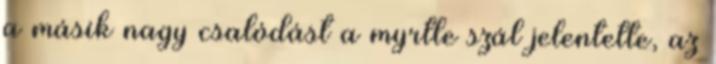
a másik nagy csalódást a myrtle szál jelentette, az